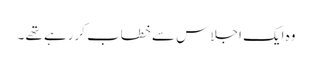
وہ ایک اجلا س سے خطاب کررہے تھے ۔